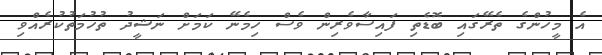
އެ މީހުންގެ ތެރޭގައި ބޮޑެތި ފައިސާވެރިން ވެސް ހިމެނޭ ކަމަށް ނަޝީދު ތުހުމަތުކުރެއްވި